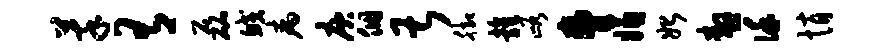
萃有磊鲛病庾个甚脚雍峪胁嫌始嗷谨悄